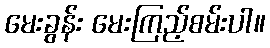
မေးခွန်း မေးကြည့်စမ်းပါ။